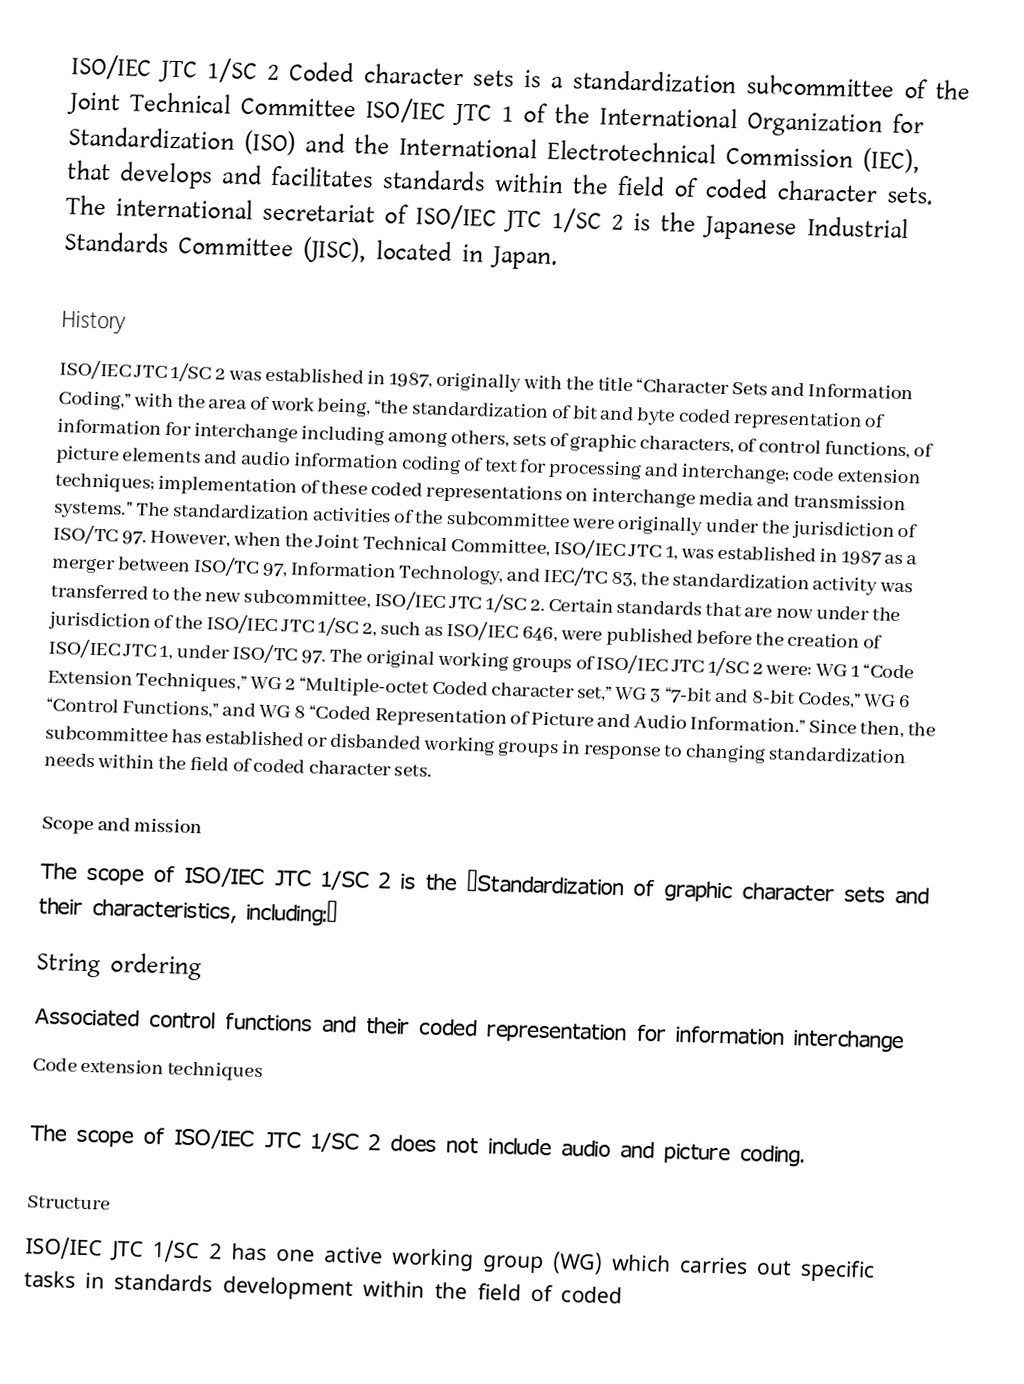
ISO/IEC JTC 1/SC 2 Coded character sets is a standardization subcommittee of the Joint Technical Committee ISO/IEC JTC 1 of the International Organization for Standardization (ISO) and the International Electrotechnical Commission (IEC), that develops and facilitates standards within the field of coded character sets. The international secretariat of ISO/IEC JTC 1/SC 2 is the Japanese Industrial Standards Committee (JISC), located in Japan.

History
ISO/IEC JTC 1/SC 2 was established in 1987, originally with the title “Character Sets and Information Coding,” with the area of work being, “the standardization of bit and byte coded representation of information for interchange including among others, sets of graphic characters, of control functions, of picture elements and audio information coding of text for processing and interchange; code extension techniques; implementation of these coded representations on interchange media and transmission systems." The standardization activities of the subcommittee were originally under the jurisdiction of ISO/TC 97. However, when the Joint Technical Committee, ISO/IEC JTC 1, was established in 1987 as a merger between ISO/TC 97, Information Technology, and IEC/TC 83, the standardization activity was transferred to the new subcommittee, ISO/IEC JTC 1/SC 2. Certain standards that are now under the jurisdiction of the ISO/IEC JTC 1/SC 2, such as ISO/IEC 646, were published before the creation of ISO/IEC JTC 1, under ISO/TC 97. The original working groups of ISO/IEC JTC 1/SC 2 were: WG 1 “Code Extension Techniques,” WG 2 “Multiple-octet Coded character set,” WG 3 “7-bit and 8-bit Codes,” WG 6 “Control Functions,” and WG 8 “Coded Representation of Picture and Audio Information.” Since then, the subcommittee has established or disbanded working groups in response to changing standardization needs within the field of coded character sets.

Scope and mission
The scope of ISO/IEC JTC 1/SC 2 is the “Standardization of graphic character sets and their characteristics, including:”
 String ordering
 Associated control functions and their coded representation for information interchange
 Code extension techniques

The scope of ISO/IEC JTC 1/SC 2 does not include audio and picture coding.

Structure
ISO/IEC JTC 1/SC 2 has one active working group (WG) which carries out specific tasks in standards development within the field of coded